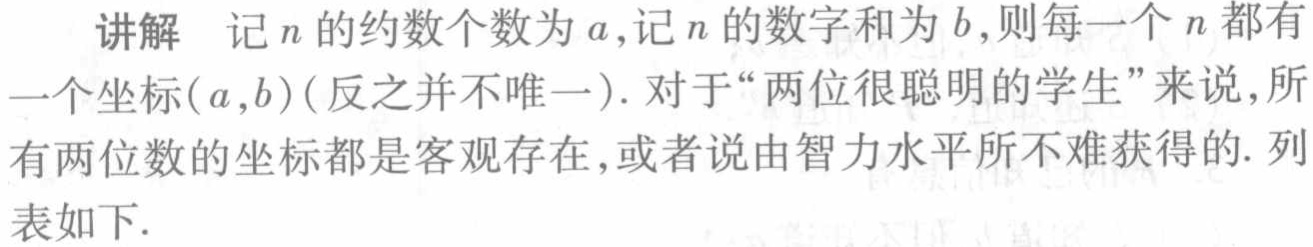
讲解 记\(n\)的约数个数为\(a\),记\(n\)的数字和为\(b\),则每一个\(n\)都有一个坐标\((a,b)\)（反之并不唯一）. 对于“两位很聪明的学生”来说,所有两位数的坐标都是客观存在,或者说由智力水平所不难获得的. 列表如下.